Scientific memoirs by medical officers of the Army of India - Part X,
Year: 1897
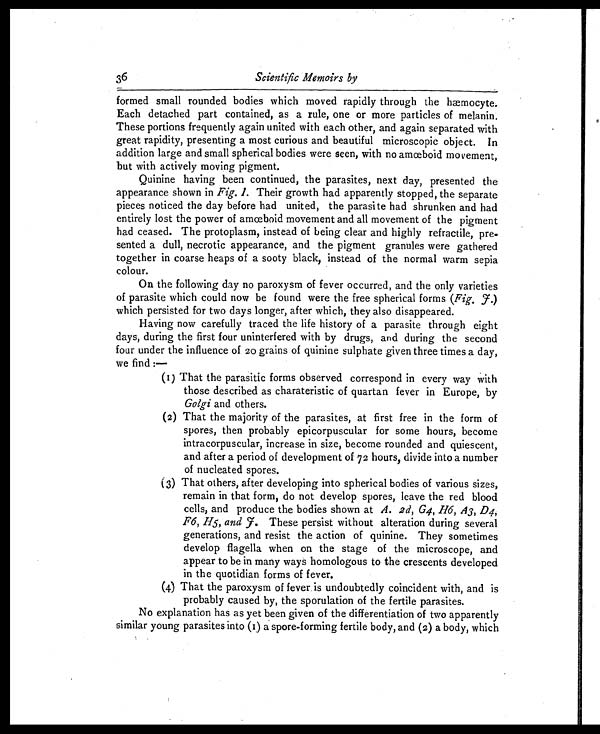
36
Scientific Memoirs by
formed small rounded bodies which moved rapidly through the hæmocyte.
Each detached part contained, as a rule, one or more particles of melanin.
These portions frequently again united with each other, and again separated with
great rapidity, presenting a most curious and beautiful microscopic object. In
addition large and small spherical bodies were seen, with no amœboid movement,
but with actively moving pigment.
Quinine having been continued, the parasites, next day, presented the
appearance shown in Fig. 1. Their growth had apparently stopped, the separate
pieces noticed the day before had united, the parasite had shrunken and had
entirely lost the power of amœboid movement and all movement of the pigment
had ceased. The protoplasm, instead of being clear and highly refractile, pre-
sented a dull, necrotic appearance, and the pigment granules were gathered
together in coarse heaps of a sooty black, instead of the normal warm sepia
colour.
On the following day no paroxysm of fever occurred, and the only varieties
of parasite which could now be found were the free spherical forms ( Fig. F.)
which persisted for two days longer, after which, they also disappeared.
Having now carefully traced the life history of a parasite through eight
days, during the first four uninterfered with by drugs, and during the second
four under the influence of 20 grains of quinine sulphate given three times a day,
we find :—
(1) That the parasitic forms observed correspond in every way with
those described as charateristic of quartan fever in Europe, by
Golgi and others.
(2) That the majority of the parasites, at first free in the form of
spores, then probably epicorpuscular for some hours, become
intracorpuscular, increase in size, become rounded and quiescent,
and after a period of development of 72 hours, divide into a number
of nucleated spores.
(3) That others, after developing into spherical bodies of various sizes,
remain in that form, do not develop spores, leave the red blood
cells, and produce the bodies shown at A. 2d, G4, H6, A3, D4,
F6, H5, and F . These persist without alteration during several
generations, and resist the action of quinine. They sometimes
develop flagella when on the stage of the microscope, and
appear to be in many ways homologous to the crescents developed
in the quotidian forms of fever.
(4) That the paroxysm of fever is undoubtedly coincident with, and is
probably caused by, the sporulation of the fertile parasites.
No explanation has as yet been given of the differentiation of two apparently
similar young parasites into (1) a spore-forming fertile body, and (2) a body, which